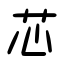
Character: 芯